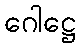
ဂေါဋ္ဌေ